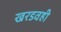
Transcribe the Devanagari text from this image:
खरडवही